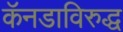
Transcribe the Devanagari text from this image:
कॅनडाविरुद्ध